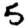
Digit: 5